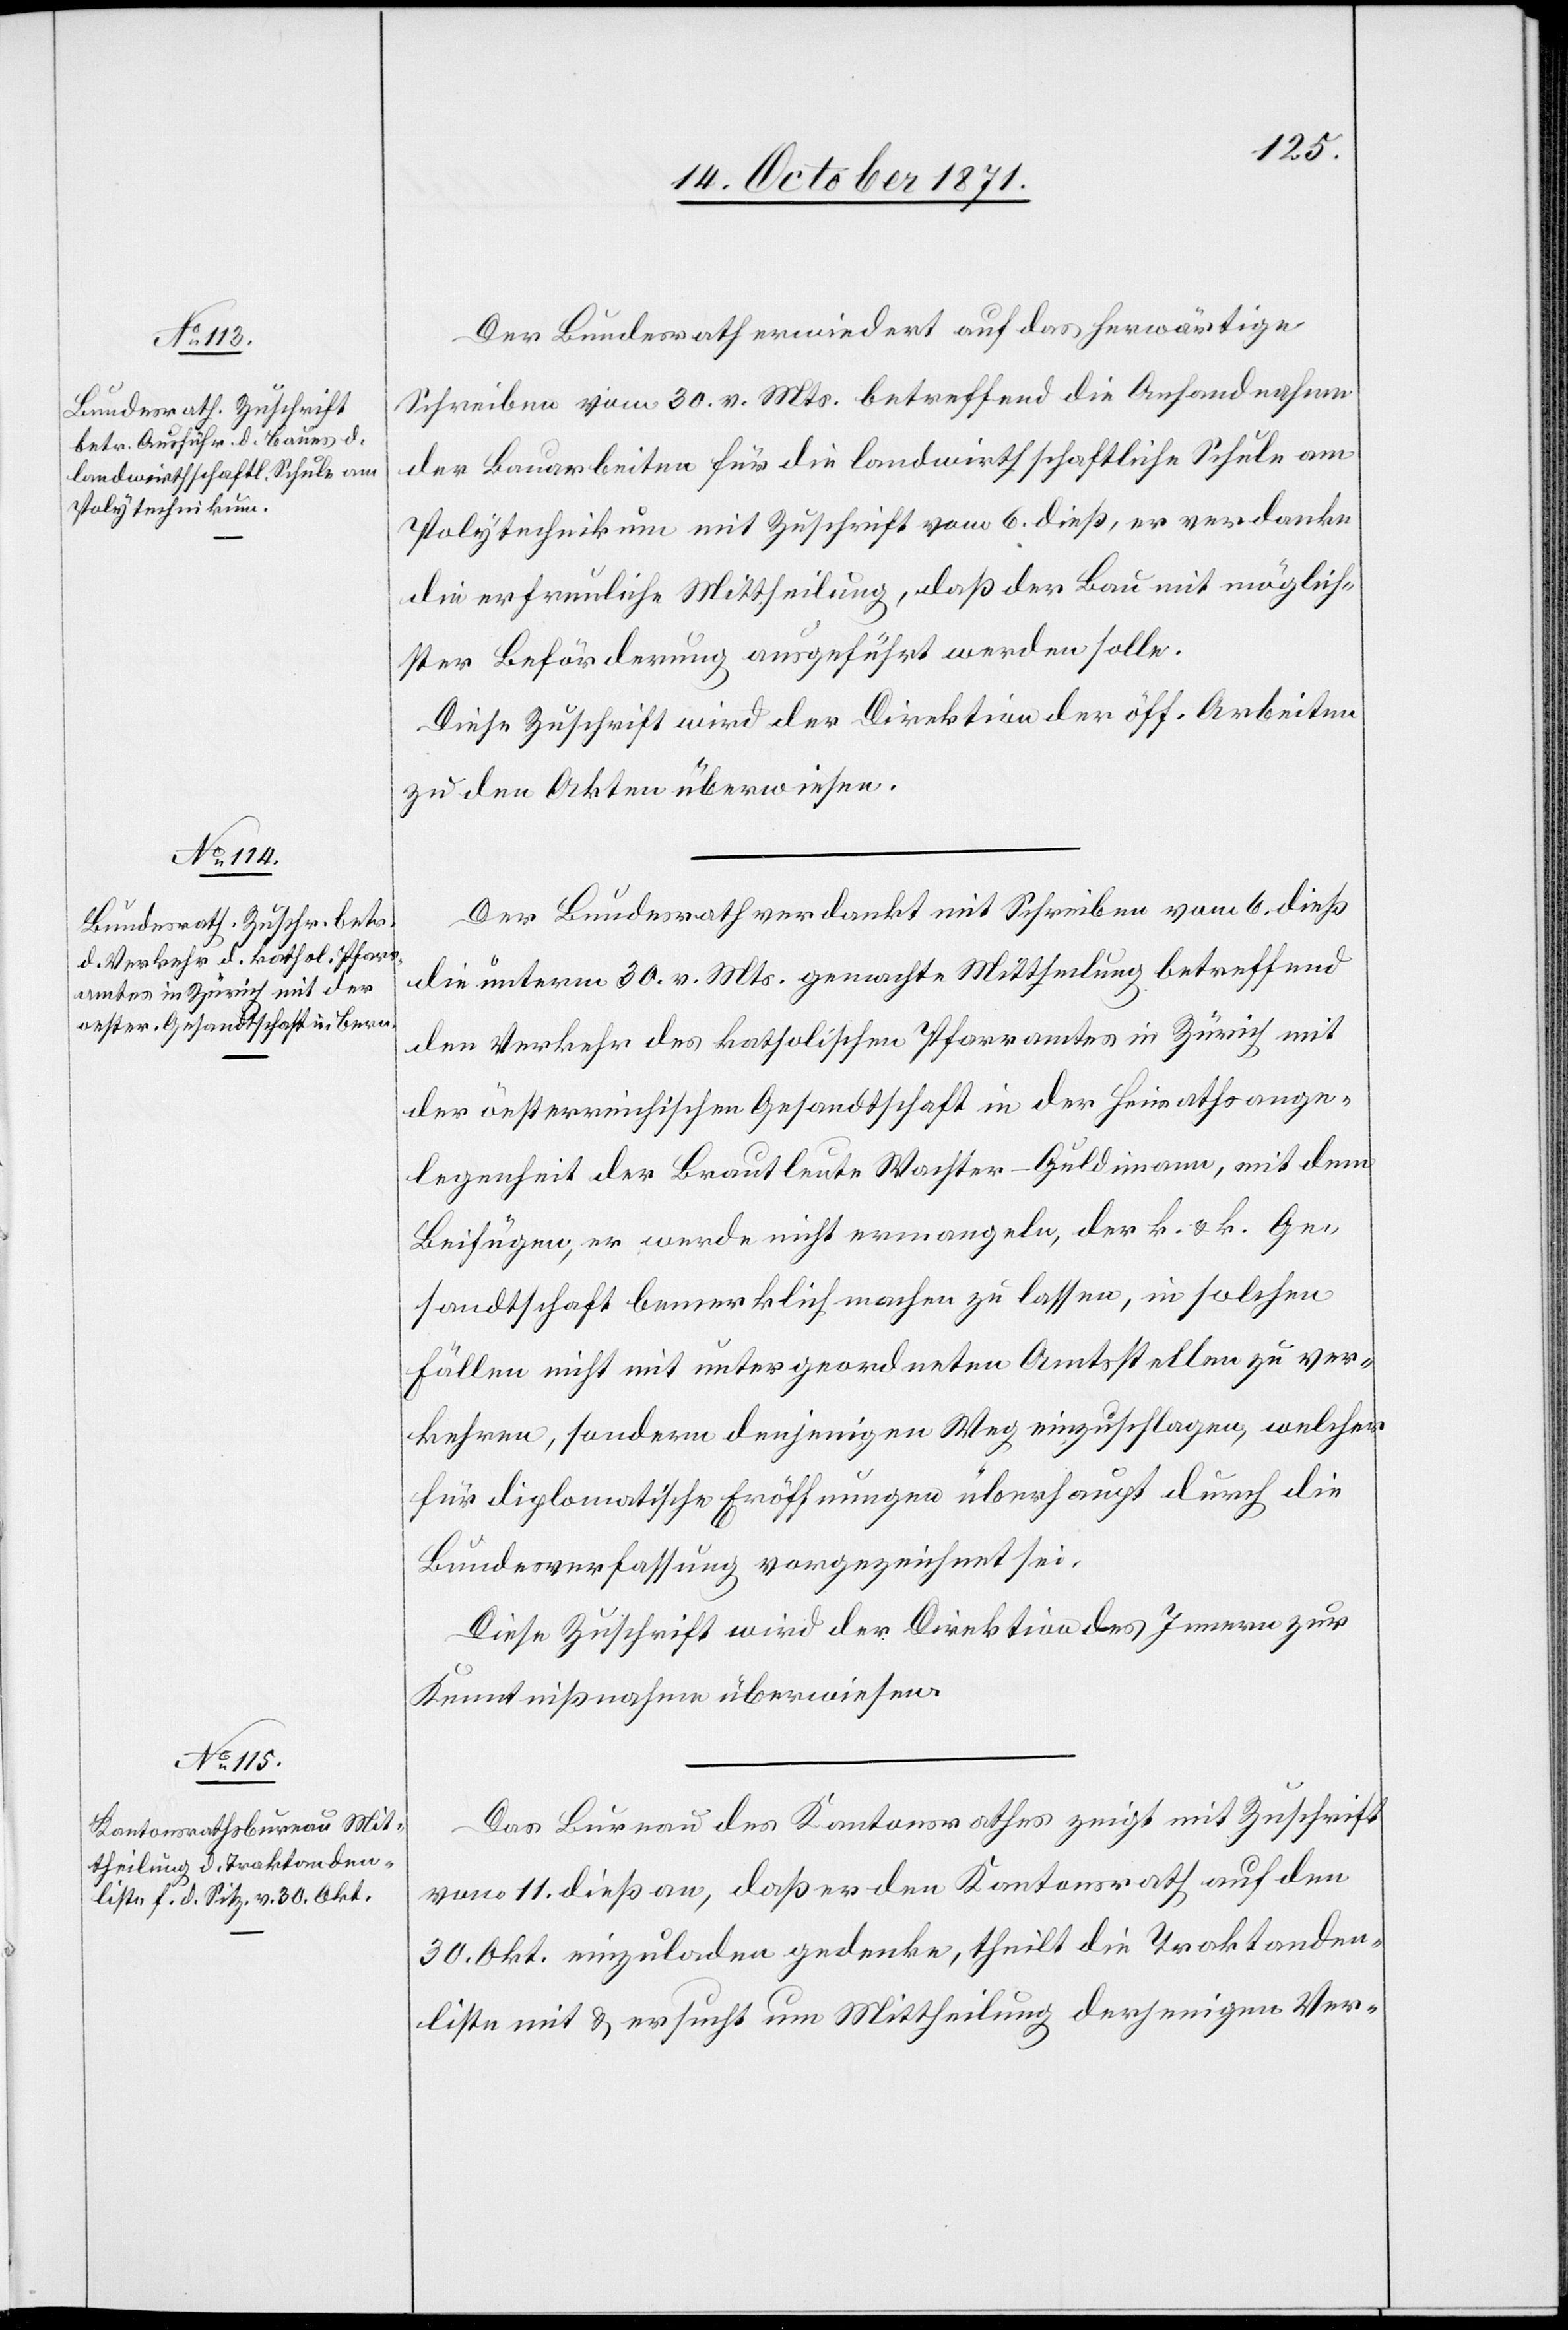
Der Bundesrath erwiedert auf das herwärtige
Schreiben vom 30. v. Mts. betreffend die Anhandnahme
der Bauarbeiten für die landwirthschaftliche Schule am
Polytechnikum mit Zuschrift vom 6. dieß, er verdanke
die erfreuliche Mittheilung, daß der Bau mit möglich¬
ster Beförderung ausgeführt werden solle.
Diese Zuschrift wird der Direktion der öff. Arbeiten
zu den Akten überwiesen.
Der Bundesrath verdankt mit Schreiben vom 6. dieß
die unterm 30. v. Mts. gemachte Mittheilung betreffend
den Verkehr des katholischen Pfarramtes in Zürich mit
der oesterreichischen Gesandtschaft in der Heimathsange¬
legenheit der Brautleute Wachter-Guldimann, mit dem
Beifügen, er werde nicht ermangeln, der k. & k. Ge¬
sandtschaft bemerklich machen zu lassen, in solchen
Fällen nicht mit untergeordneten Amtstellen zu ver¬
kehren, sondern denjenigen Weg einzuschlagen, welcher
für diplomatische Eröffnungen überhaupt durch die
Bundesverfassung vorgezeichnet sei.
Diese Zuschrift wird der Direktion des Innern zur
Kenntnißnahme überwiesen.
Das Bureau des Kantonsrathes zeigt mit Zuschrift
vom 11. dieß an, daß er den Kantonsrath auf den
30. Okt. einzuladen gedenke, theilt die Traktanden¬
liste mit & ersucht um Mittheilung derjenigen Ver-